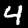
Digit: 4